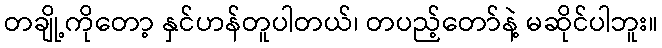
တချို့ကိုတော့ နှင်ဟန်တူပါတယ်၊ တပည့်တော်နဲ့ မဆိုင်ပါဘူး။